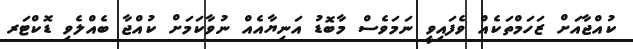
ކުއްޖާއަށް ޒަހަމްތަކެއް ވެފައިވީ ނަމަވެސް މާބޮޑު އަނިޔާއެއް ނުވާކަމަށް ކުއްޖާ ބެއްލެވި ޑޮކްޓަރ